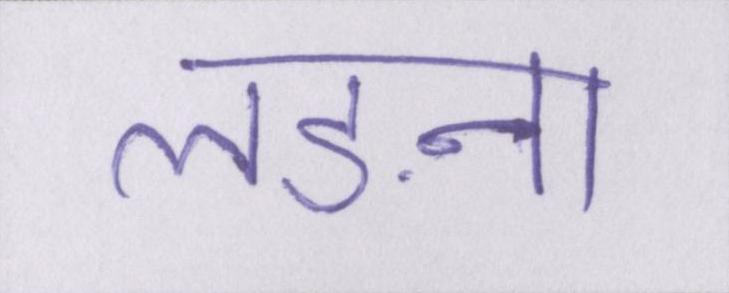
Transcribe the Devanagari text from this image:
लङना